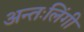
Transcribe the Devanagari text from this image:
अन्तःलिंगी